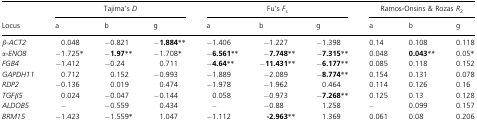
|  | <COLSPAN=3> Tajima's D | <COLSPAN=3> Fu's Fs | <COLSPAN=3> Ramos-Onsins & Rozas R2 |
 | Locus | a | b | g | a | b | g | a | b | g |
 | --- | --- | --- | --- | --- | --- | --- | --- | --- | --- |
 | β-ACT2 | 0.048 | −0.821 | −1.884** | −1.406 | −1.227 | −1.398 | 0.14 | 0.108 | 0.118 |
 | α-ENO8 | −1.725* | −1.97** | −1.708* | −6.561** | −7.748** | −7.315** | 0.048 | 0.043** | 0.05* |
 | FGB4 | −1.412 | −0.24 | 0.711 | −4.64** | −11.431** | −6.177** | 0.085 | 0.118 | 0.152 |
 | GAPDH11 | 0.712 | 0.152 | −0.993 | −1.889 | −2.089 | −8.774** | 0.154 | 0.131 | 0.078 |
 | RDP2 | −0.136 | 0.019 | 0.474 | −1.978 | −1.962 | 0.464 | 0.114 | 0.126 | 0.16 |
 | TGFβ5 | 0.024 | −0.047 | −0.144 | 0.058 | −0.973 | −7.268** | 0.125 | 0.13 | 0.128 |
 | ALDOB5 | – | −0.559 | 0.434 | – | −0.88 | 1.258 | – | 0.099 | 0.157 |
 | BRM15 | −1.423 | −1.559* | 1.047 | −1.112 | -2.963** | 1.369 | 0.061 | 0.08 | 0.206 |